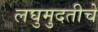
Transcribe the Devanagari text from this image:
लघुमुदतीचे